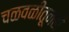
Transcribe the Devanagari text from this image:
चळवळीतूनही